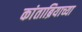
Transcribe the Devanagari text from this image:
कांताब्रियाच्या